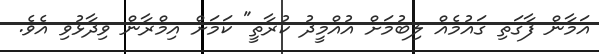
އަމާން ފާގަތި ގައުމެއް ލިބުމަށް އުއްމީދު ކުރާތީ" ކަމަށް އިމްރާން ވިދާޅުވި އެވެ.